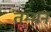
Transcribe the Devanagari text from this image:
तम्मन